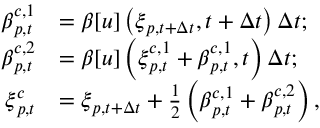
\begin{array} { r l } { \boldsymbol { \beta } _ { p , t } ^ { c , 1 } } & { = \boldsymbol { \beta } [ u ] \left( \boldsymbol { \xi } _ { p , t + \Delta t } , t + \Delta t \right) \Delta t ; } \\ { \boldsymbol { \beta } _ { p , t } ^ { c , 2 } } & { = \boldsymbol { \beta } [ u ] \left( \boldsymbol { \xi } _ { p , t } ^ { c , 1 } + \boldsymbol { \beta } _ { p , t } ^ { c , 1 } , t \right) \Delta t ; } \\ { \boldsymbol { \xi } _ { p , t } ^ { c } } & { = \boldsymbol { \xi } _ { p , t + \Delta t } + \frac { 1 } { 2 } \left( \boldsymbol { \beta } _ { p , t } ^ { c , 1 } + \boldsymbol { \beta } _ { p , t } ^ { c , 2 } \right) , } \end{array}